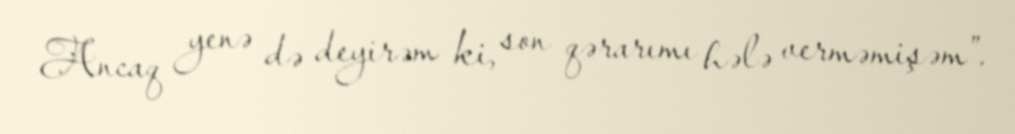
Ancaq yenə də deyirəm ki, son qərarımı hələ verməmişəm”.